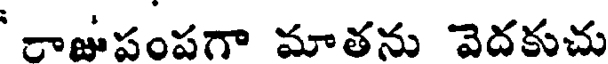
రాజుపంపగా మాతను వెదకుచు